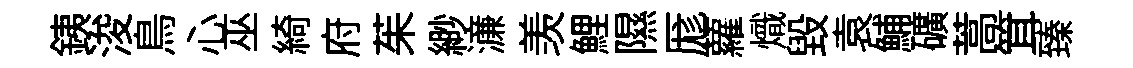
銕浚鳥心巫綺府茱緲濓羡鯉隰厖蘿熾毀袁鯆礦蒿䇯臻